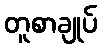
တူစာချုပ်